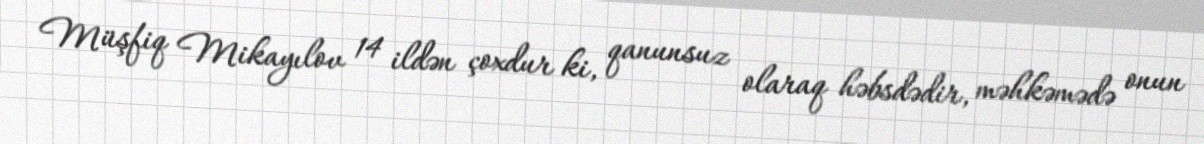
Müşfiq Mikayılov 14 ildən çoxdur ki, qanunsuz olaraq həbsdədir, məhkəmədə onun